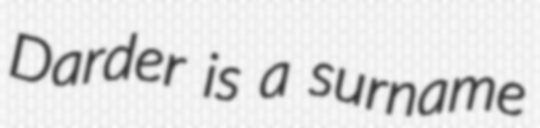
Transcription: Darder is a surname